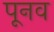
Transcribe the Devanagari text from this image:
पूनव